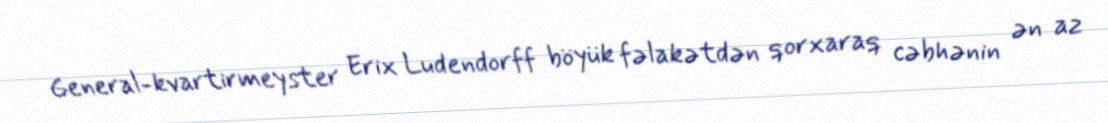
General-kvartirmeyster Erix Ludendorff böyük fəlakətdən qorxaraq cəbhənin ən az